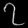
Digit: ၇